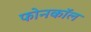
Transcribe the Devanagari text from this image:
फोनकाॅल